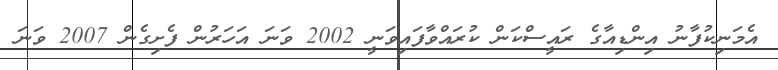
އެމަނިކުފާނު އިންޑިއާގެ ރައީސްކަން ކުރައްވާފައިވަނީ 2002 ވަނަ އަހަރުން ފެށިގެން 2007 ވަނަ